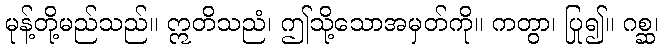
မုန့်တို့မည်သည်။ ဣတိသညံ၊ ဤသို့သောအမှတ်ကို။ ကတွာ၊ ပြု၍။ ဂစ္ဆ၊